Civil Veterinary Department. United Provinces 1923-31 - 1923-1931
Year: 1923
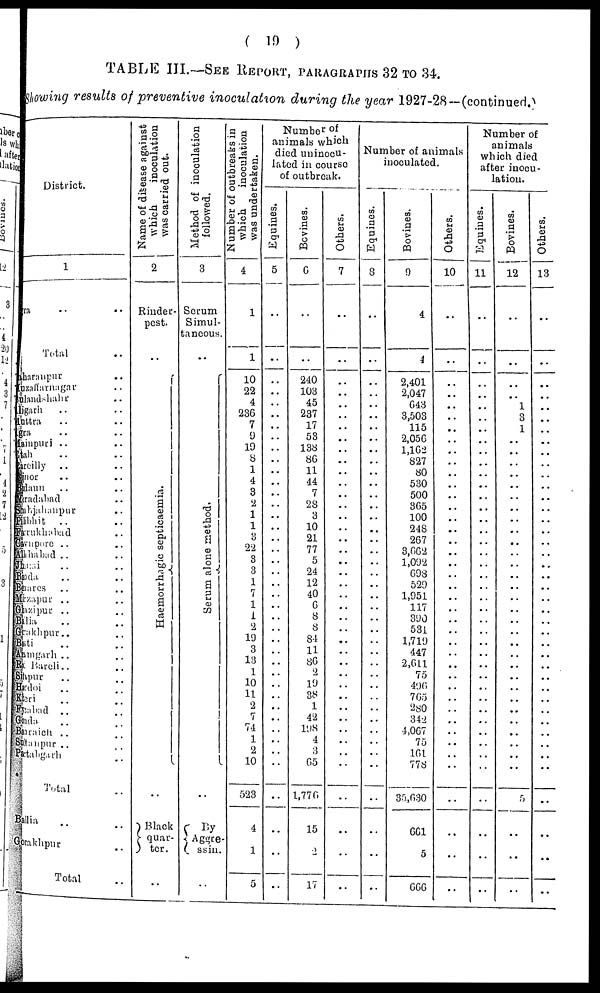
( 19 )
TABLE III.—SEE REPORT, PARAGRAPHS 32 TO 34.
Mowing results of preventive inoculation during the year 1927-28—(continued.)
District.
1
ra
..
..
Total ..
Sharanpur ..
Muzaffarnagar ..
Bulandshahr
Aligarh .. ..
Mut t ra .. ..
Agra .. ..
Mainpuri .. ..
Etah .. ..
Bereilly .. ..
Bijnor .. ..
Budaun .. ..
Muradabad .. ..
Shahjabaupur ..
Pilbhit .. ..
Farukhabad .. ..
Kownpore ..
..
Allahabad .. ..
Zhansi .. ..
da .. ..
Banares .. ..
Mirzapur .. ..
Ghazipur .. ..
Ballia .. ..
Gorakhpur .. ..
Basti .. ..
Azamgarh .. ..
Rea Bareli .. ..
Sitapur .. ..
Hardoi .. ..
Kheri ..
Faizabad ..
Gonda .. ..
Baheaich .. ..
Sultanpur .. ..
Partabgarh .. ..
Total ..
allia .. ..
Makhpur .. ..
Total
Name of disease against
which
inoculation
was carried out.
2
Rinder-
pest.
..
Haemorrhagie septicaemia.
..
Black
quar-
ter.
..
Method of inoculation
followed.
3
Serum
Simul-
taneous.
..
Se r
um a lone me thod.
..
By
Aggre-
ssin.
..
Number
of outbreaks in
which
inoculation
was undertaken.
4
1
1
10
22
4
236
7
9
19
8
1
4
3
2
1
1
8
22
3
3
1
7
1
1
2
19
3
13
1
10
11
2
7
74
1
2
10
523
4
1
5
Number of
animals which
died uninocu-
lated in course
of outbreak.
Equines.
5
..
..
..
..
..
..
..
..
..
..
..
..
..
..
.. ..
..
..
..
..
..
., ..
..
..
..
..
..
..
..
..
..
..
..
..
..
..
..
..
..
Bovines.
6
..
..
240
103
45
237
17
53
138
86
11
44
7
28
3
10
21
77
5
24
12
40
6
8
8
84
11
80
2
19
38
1
42
198
4
3
65
1,776
15
2
17
Others.
7
..
..
..
..
..
..
..
..
..
..
..
..
..
..
.. ..
..
..
..
..
..
..
..
..
..
..
..
..
..
..
.,
..
..
..
..
..
..
..
..
Number of animals
inoculated.
Equines.
8
..
..
..
..
..
..
..
..
..
..
..
..
..
..
..
..
..
..
..
..
..
..
..
..
..
..
..
..
..
..
..
..
..
..
..
..
..
Bovines.
9
4
4
2,401
2,047
643
3,503
115
2,050
1,102
827
80
530
500
805
100
248
267
8,002
1,092
698
529
1,951
117
890
531
1,719
447
2,011
75
490
705
280
342
4,067
75
101
778
35,030
661
5
666
Others.
10
..
..
..
..
..
..
..
..
..
..
..
..
..
..
..
..
..
..
..
..
..
..
..
..
..
..
..
..
..
..
..
..
..
..
..
..
..
..
..
..
..
Number of
animals
which died
after inocu-
lation.
Equines.
11
..
..
..
..
..
..
..
..
..
..
..
..
..
..
..
..
..
..
..
..
..
..
..
..
..
..
..
..
..
..
..
..
..
..
..
..
..
..
..
..
..
Bovines.
12
..
..
..
..
1
3
1
..
..
..
..
..
..
..
..
..
..
..
..
..
..
..
..
..
..
..
..
..
..
..
..
..
..
..
..
..
..
..
..
..
..
Others.
13
..
..
..
..
..
..
..
..
..
..
..
..
..
..
..
..
..
..
..
..
..
..
..
..
..
..
..
..
..
..
..
..
..
..
..
..
..
..
..
..
..